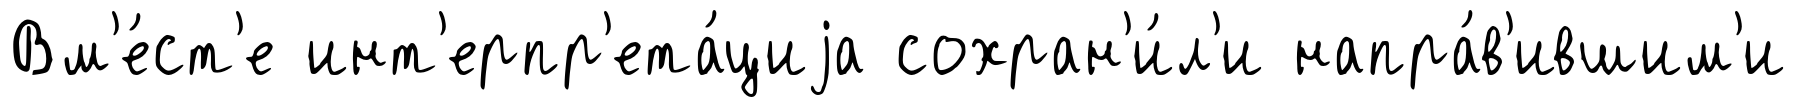
Вм'е́ст'е инт'ерпр'ета́циjа сохран'и́л'и напра́в'ившим'и